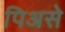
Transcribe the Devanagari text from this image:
पिअसे